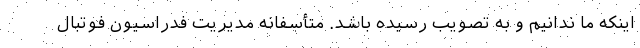
اینکه ما ندانیم و به تصویب رسیده باشد. متأسفانه مدیریت فدراسیون فوتبال